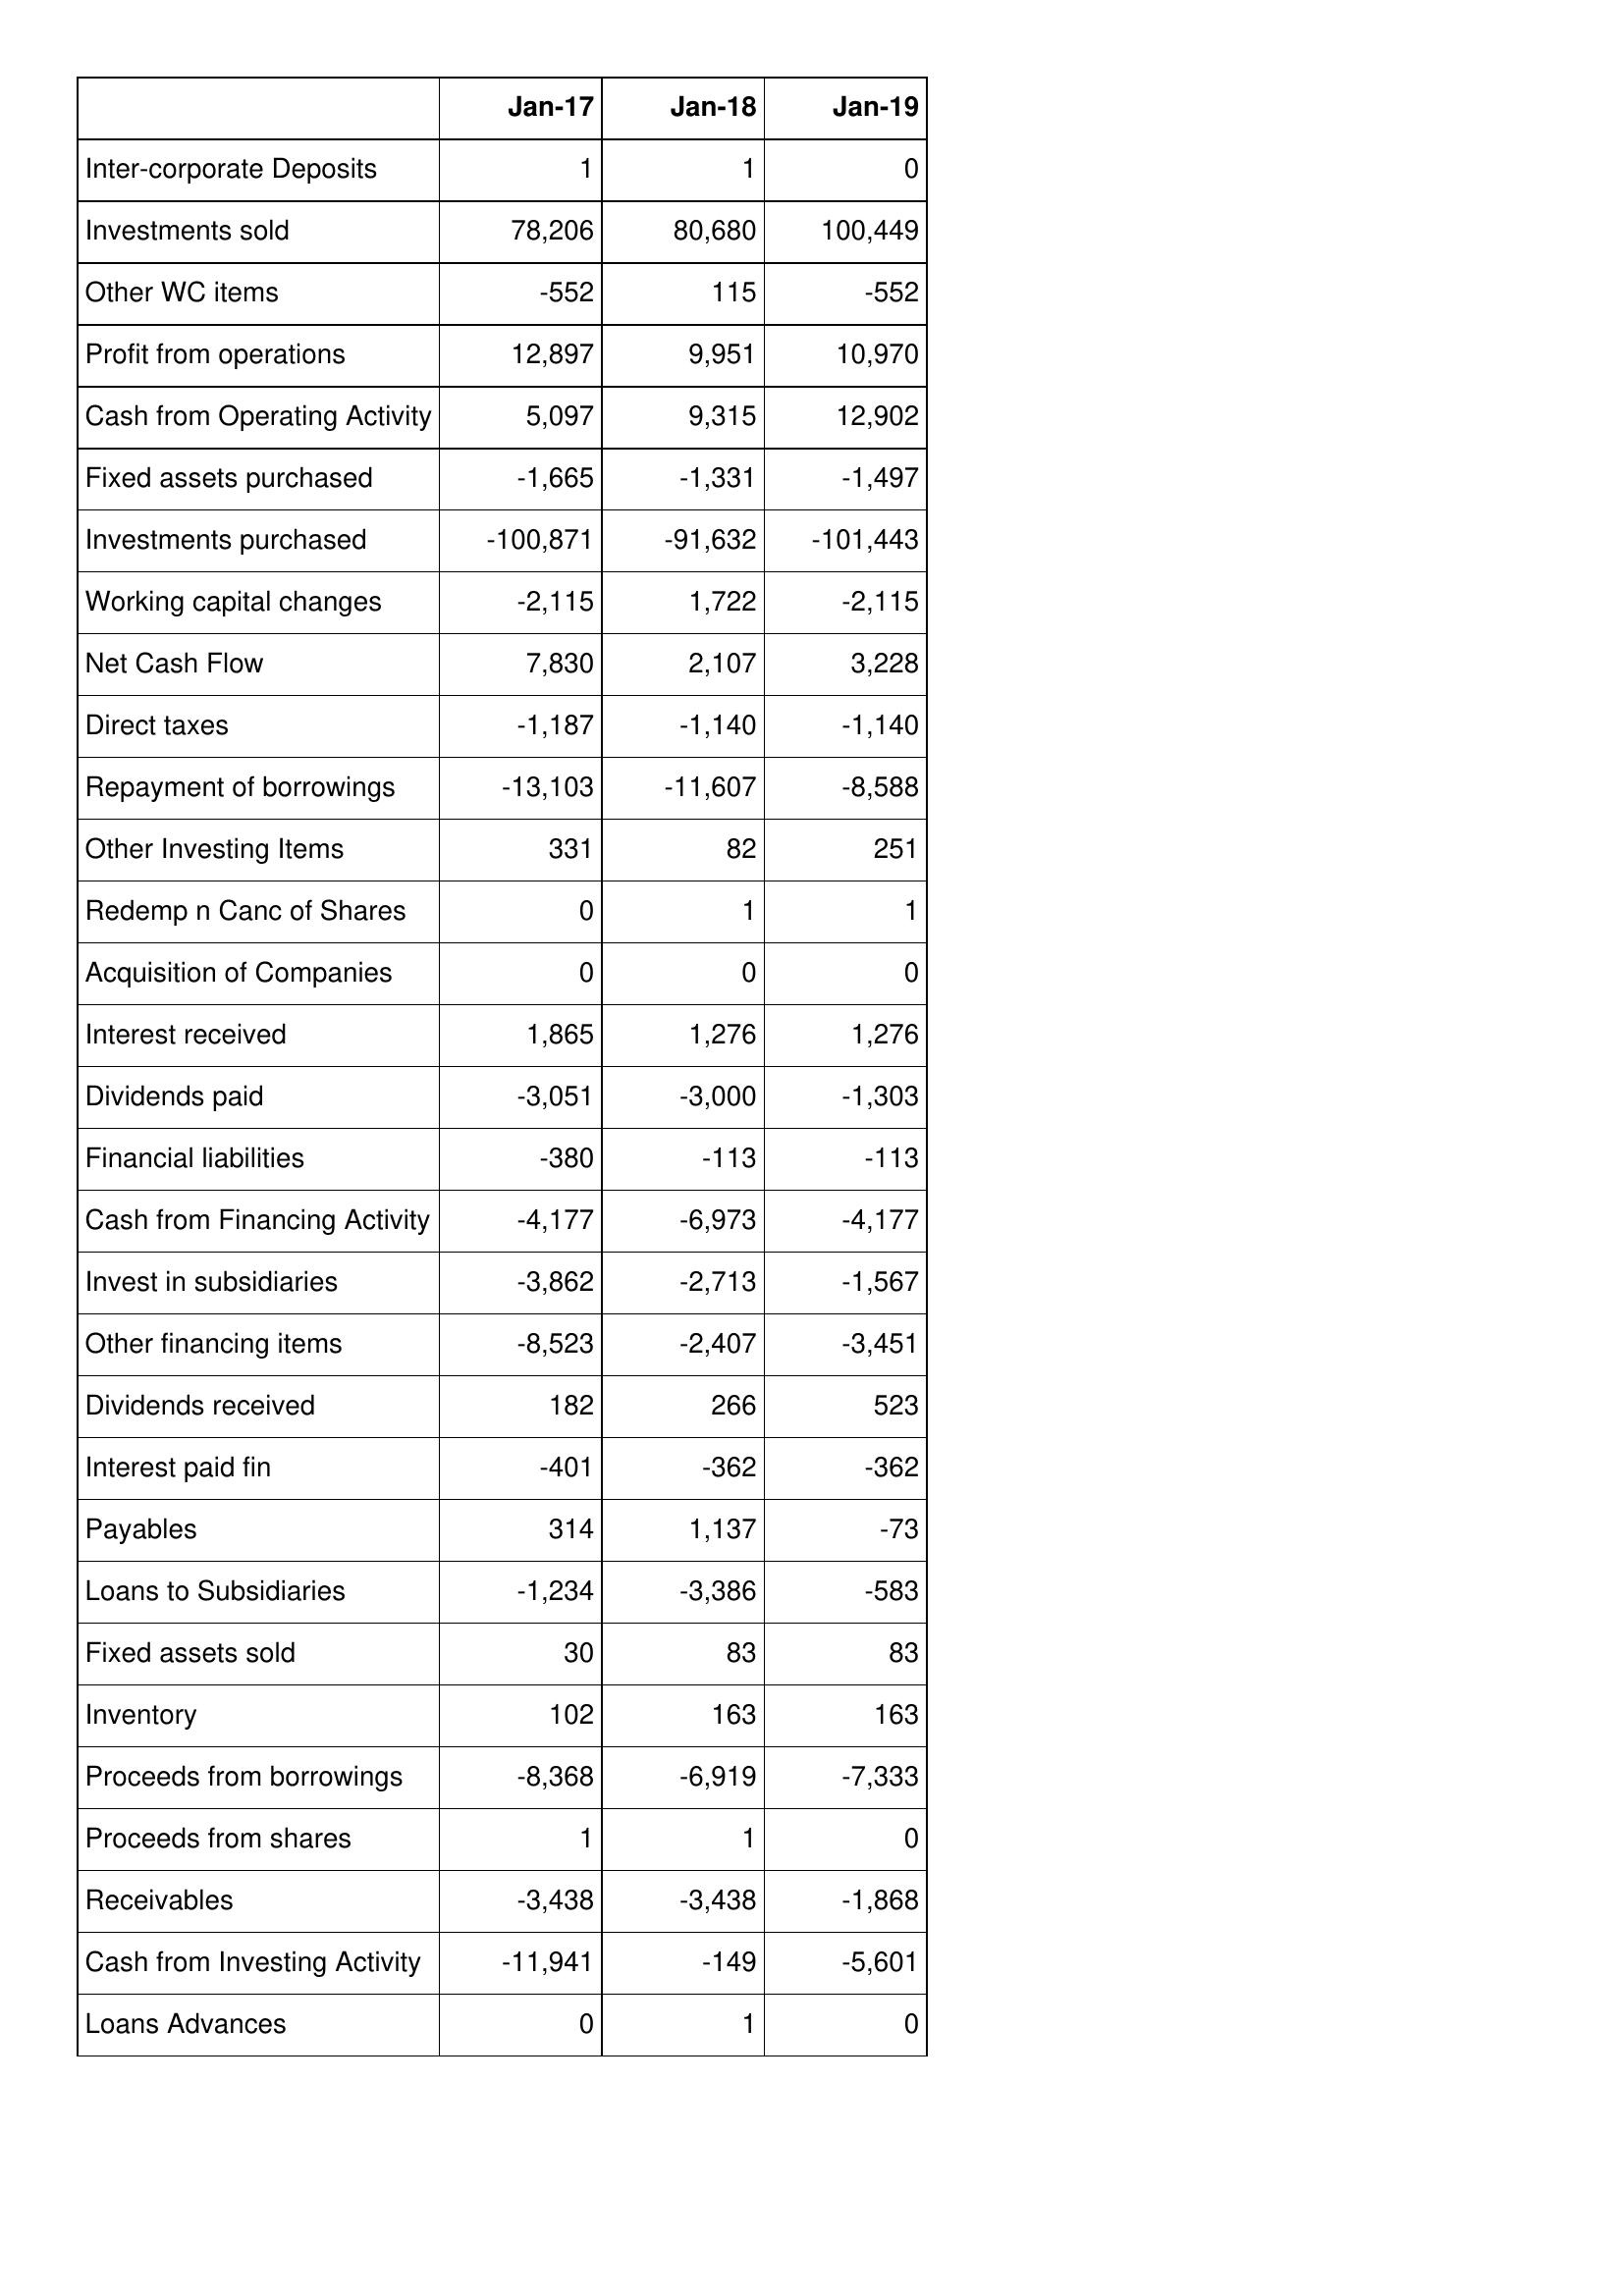
Jan-17: Cash Flows: Inter-corporate Deposits: 1
Investments sold: 78,206
Other WC items: -552
Profit from operations: 12,897
Cash from Operating Activity: 5,097
Fixed assets purchased: -1,665
Investments purchased: -100,871
Working capital changes: -2,115
Net Cash Flow: 7,830
Direct taxes: -1,187
Repayment of borrowings: -13,103
Other Investing Items: 331
Redemp n Canc of Shares: 0
Acquisition of Companies: 0
Interest received: 1,865
Dividends paid: -3,051
Financial liabilities: -380
Cash from Financing Activity: -4,177
Invest in subsidiaries: -3,862
Other financing items: -8,523
Dividends received: 182
Interest paid fin: -401
Payables: 314
Loans to Subsidiaries: -1,234
Fixed assets sold: 30
Inventory: 102
Proceeds from borrowings: -8,368
Proceeds from shares: 1
Receivables: -3,438
Cash from Investing Activity: -11,941
Loans Advances: 0
Jan-18: Cash Flows: Inter-corporate Deposits: 1
Investments sold: 80,680
Other WC items: 115
Profit from operations: 9,951
Cash from Operating Activity: 9,315
Fixed assets purchased: -1,331
Investments purchased: -91,632
Working capital changes: 1,722
Net Cash Flow: 2,107
Direct taxes: -1,140
Repayment of borrowings: -11,607
Other Investing Items: 82
Redemp n Canc of Shares: 1
Acquisition of Companies: 0
Interest received: 1,276
Dividends paid: -3,000
Financial liabilities: -113
Cash from Financing Activity: -6,973
Invest in subsidiaries: -2,713
Other financing items: -2,407
Dividends received: 266
Interest paid fin: -362
Payables: 1,137
Loans to Subsidiaries: -3,386
Fixed assets sold: 83
Inventory: 163
Proceeds from borrowings: -6,919
Proceeds from shares: 1
Receivables: -3,438
Cash from Investing Activity: -149
Loans Advances: 1
Jan-19: Cash Flows: Inter-corporate Deposits: 0
Investments sold: 100,449
Other WC items: -552
Profit from operations: 10,970
Cash from Operating Activity: 12,902
Fixed assets purchased: -1,497
Investments purchased: -101,443
Working capital changes: -2,115
Net Cash Flow: 3,228
Direct taxes: -1,140
Repayment of borrowings: -8,588
Other Investing Items: 251
Redemp n Canc of Shares: 1
Acquisition of Companies: 0
Interest received: 1,276
Dividends paid: -1,303
Financial liabilities: -113
Cash from Financing Activity: -4,177
Invest in subsidiaries: -1,567
Other financing items: -3,451
Dividends received: 523
Interest paid fin: -362
Payables: -73
Loans to Subsidiaries: -583
Fixed assets sold: 83
Inventory: 163
Proceeds from borrowings: -7,333
Proceeds from shares: 0
Receivables: -1,868
Cash from Investing Activity: -5,601
Loans Advances: 0